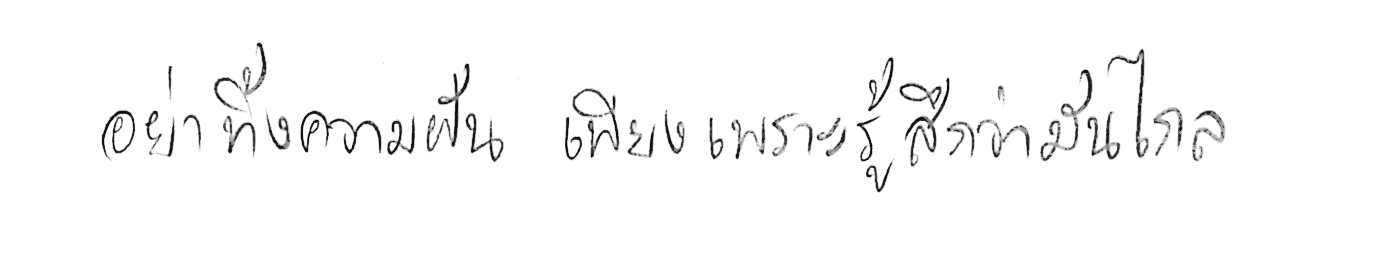
อย่าทิ้งความฝัน เพียงเพราะรู้สึกว่ามันไกล